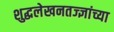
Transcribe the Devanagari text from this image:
शुद्धलेखनतज्ज्ञांच्या